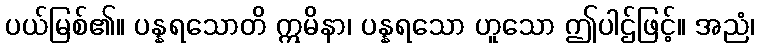
ပယ်မြစ်၏။ ပန္နရသောတိ ဣမိနာ၊ ပန္နရသော ဟူသော ဤပါဌ်ဖြင့်။ အညံ၊